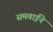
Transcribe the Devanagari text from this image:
समवाईने